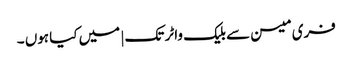
فری میسن سے بلیک واٹر تک | میں کیا ہوں ۔